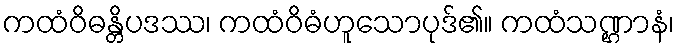
ကထံဝိဓန္တိပဒဿ၊ ကထံဝိဓံဟူသောပုဒ်၏။ ကထံသဏ္ဌာနံ၊